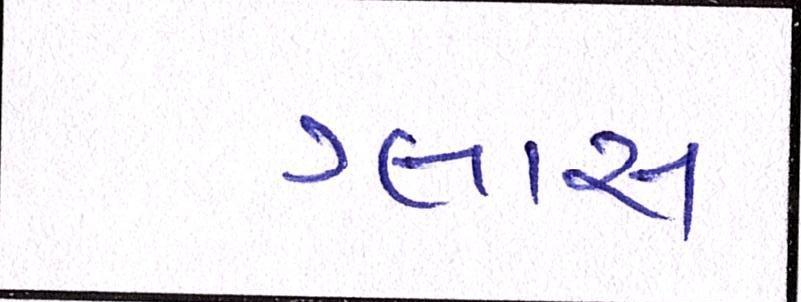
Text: ગ્લાસ